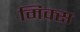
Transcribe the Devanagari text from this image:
मिक्‍स